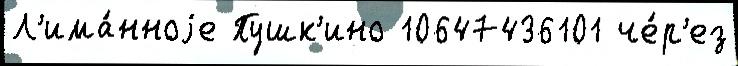
Л'има́нноjе Пушк'ино 10647436101 че́р'ез